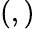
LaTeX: (,)